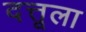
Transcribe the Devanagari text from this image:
दत्तूला